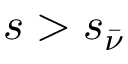
s > s _ { \bar { \nu } }